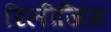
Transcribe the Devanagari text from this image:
रिलीजिंग